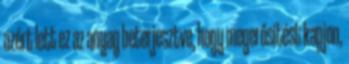
azért lett ez az anyag beterjesztve, hogy megerősítést kapjon,